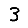
Digit: 3